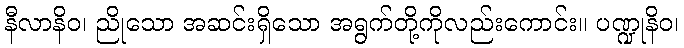
နီလာနိဝ၊ ညိုသော အဆင်းရှိသော အရွက်တို့ကိုလည်းကောင်း။ ပဏ္ဍုနိဝ၊